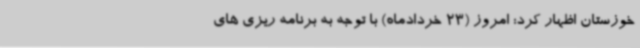
خوزستان اظهار کرد: امروز (23 خردادماه) با توجه به برنامه ریزی های